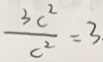
\frac { 3 c ^ { 2 } } { c ^ { 2 } } = 3